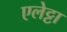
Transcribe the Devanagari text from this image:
एलेट्टा